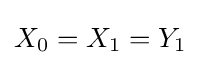
X_{0}=X_{1}=Y_{1}